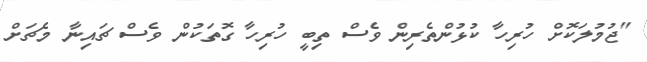
"ޖުމުލަކޮށް ހުރިހާ ކުޅުންތެރިން ވެސް ތިބީ ހުރިހާ ގޮތަކުން ވެސް ޗައިނާ މެޗަށް